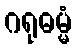
ဂရုဓမ္မံ